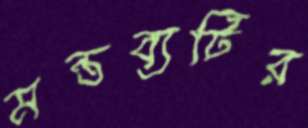
মন্তব্যটির